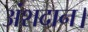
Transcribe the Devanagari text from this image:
अंशदान।